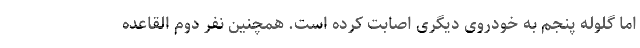
اما گلوله پنجم به خودروی دیگری اصابت کرده است. همچنین نفر دوم القاعده